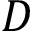
D